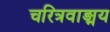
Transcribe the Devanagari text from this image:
चरित्रवाङ्मय